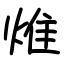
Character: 焳